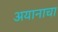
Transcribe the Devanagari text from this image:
अयानाचा